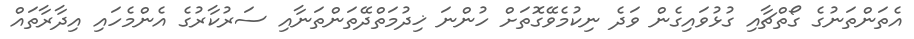
އެތަންތަނުގެ ގޯތްޗާއި ގުޅުވައިގެން ވަދެ ނިކުމެވޭގޮތަށް ހުންނަ ޚިދުމަތްދޭތަންތަނާއި ސަރުކާރުގެ އެންމެހައި އިދާރާތައް